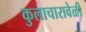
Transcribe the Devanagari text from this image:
कुलाचारावेळी